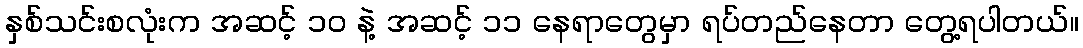
နှစ်သင်းစလုံးက အဆင့် ၁၀ နဲ့ အဆင့် ၁၁ နေရာတွေမှာ ရပ်တည်နေတာ တွေ့ရပါတယ်။